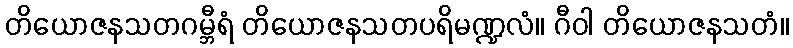
တိယောဇနသတဂမ္ဘီရံ တိယောဇနသတပရိမဏ္ဍလံ။ ဂီဝါ တိယောဇနသတံ။